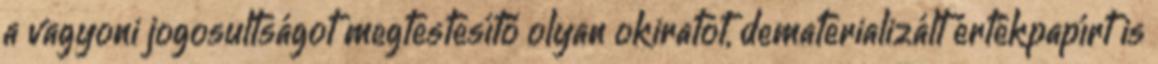
a vagyoni jogosultságot megtestesítő olyan okiratot, dematerializált értékpapírt is